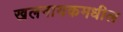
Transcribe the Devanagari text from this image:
खलनायकमधील